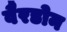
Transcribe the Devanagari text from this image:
वैरडोन